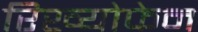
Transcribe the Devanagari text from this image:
रिख्योफेन